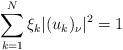
LaTeX: \begin{align*}\sum_{k=1}^N \xi_k |(u_k)_\nu|^2 = 1\end{align*}